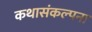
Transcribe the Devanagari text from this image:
कथासंकल्पना